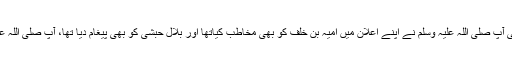
آپ کاروئے سخن سردارِ قریش کی طرف تھا اور غلامانِ عرب کی جانب بھی آپ صلی اللہ علیہ وسلم نے اپنے اعلان میں امیہ بن خلف کو بھی مخاطب کیاتھا اور بلالِ حبشی کو بھی پیغام دیا تھا، آپ صلی اللہ علیہ وسلم نے مردوں کو مخاطب فرمایا تھا اور عورتوں کو بھی شامل کیا تھا۔